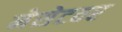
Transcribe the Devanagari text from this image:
नेसेटवर